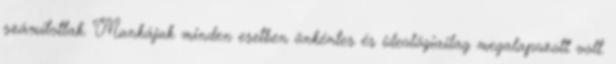
számítottak. Munkájuk minden esetben önkéntes és ideológiailag megalapozott volt.